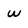
Character: w